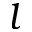
l